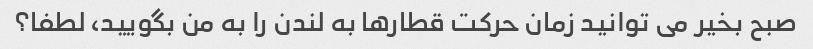
صبح بخیر می توانید زمان حرکت قطارها به لندن را به من بگویید، لطفا؟